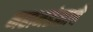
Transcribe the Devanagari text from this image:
महामडंळाचे